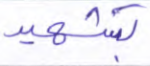
بشهيد